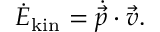
\dot { E } _ { \mathrm { k i n } } = \dot { \vec { p } } \cdot \vec { v } .